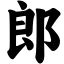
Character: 郎